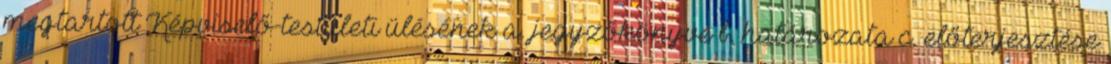
megtartott Képviselő-testületi ülésének a. jegyzőkönyve b. határozata c. előterjesztése